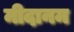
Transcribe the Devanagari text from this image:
मीदानम